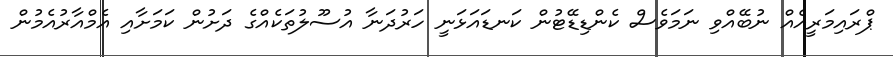
ޕްރައިމަރީއެއް ނުބޭއްވި ނަމަވެސް ކެންޑިޑޭޓުން ކަނޑައަޅަނީ ހަރުދަނާ އުސޫލުތަކެއްގެ ދަށުން ކަމަށާއި އެމްއާރުއެމުން